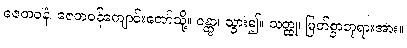
ဇေတဝနံ၊ ဇေတဝန်ကျောင်းတော်သို့။ ဂန္တွာ၊ သွား၍။ သတ္ထု၊ မြတ်စွာဘုရားအား။